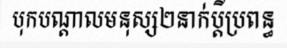
បុកបណ្តាលមនុស្ស២នាក់ប្តីប្រពន្ធ